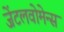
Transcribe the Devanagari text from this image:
जेंटलवोमेन्स